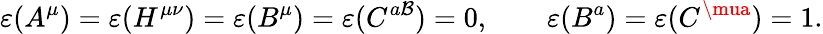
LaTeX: \varepsilon(A^{\mu})=\varepsilon(H^{\mu\nu})=\varepsilon(B^{\mu})=\varepsilon(C^{a\mathcal{B}})=0,\qquad\varepsilon(B^{a})=\varepsilon(C^{\mua})=1.